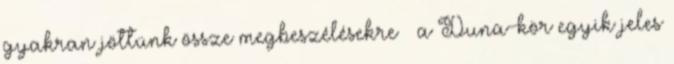
gyakran jöttünk össze megbeszélésekre – a Duna-kör egyik jeles